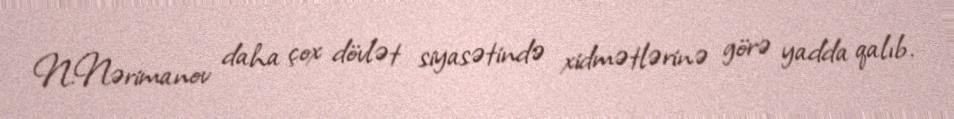
N.Nərimanov daha çox dövlət siyasətində xidmətlərinə görə yadda qalıb.